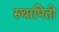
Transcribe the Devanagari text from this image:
स्थापितो